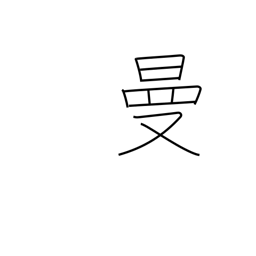
Meaning: wide